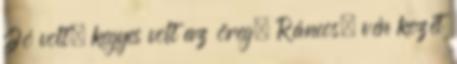
Jó volt, kegyes volt az öreg. Ráncos, vén kezét